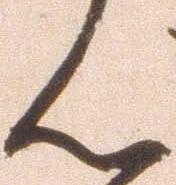
ん